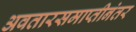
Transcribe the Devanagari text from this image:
अवतारसमाप्तीनंतर